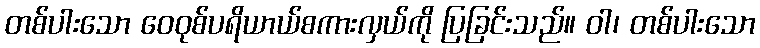
တစ်ပါးသော ဝေဝုစ်ပရိယာယ်စကားလှယ်ကို ပြခြင်းသည်။ ဝါ၊ တစ်ပါးသော